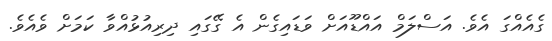
ގެއެއްގަ އެވެ. އަސްލަމް އައްޑޫއަށް ވަޑައިގެން އެ ގޭގައި ދިރިއުޅުއްވާ ކަމަށް ވެއެވެ.